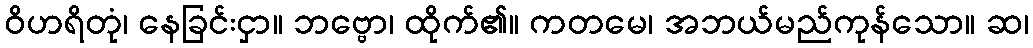
ဝိဟရိတုံ၊ နေခြင်းငှာ။ ဘဗ္ဗော၊ ထိုက်၏။ ကတမေ၊ အဘယ်မည်ကုန်သော။ ဆ၊